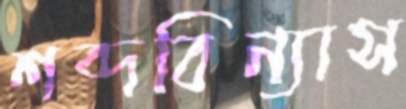
শব্দবিন্যাস